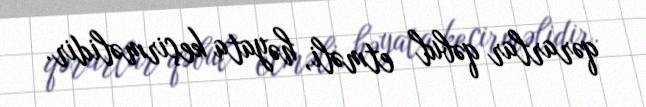
qərarlar qəbul etməli, həyata keçirməlidir.